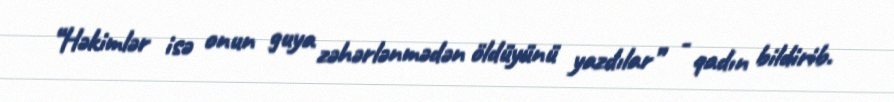
“Həkimlər isə onun guya zəhərlənmədən öldüyünü yazdılar” - qadın bildirib.